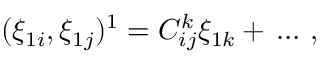
( \xi _ { 1 i } , \xi _ { 1 j } ) ^ { 1 } = C _ { i j } ^ { k } \xi _ { 1 k } + \, \ldots \, ,